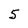
Character: 5